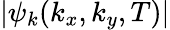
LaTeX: |\psi_{k}(k_{x},k_{y},T)|